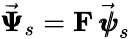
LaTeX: \vec{\pmb{{\Psi}}}_{s}={\mathbf F}\, \vec{\pmb{{\psi}}}_{s}